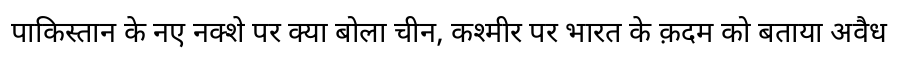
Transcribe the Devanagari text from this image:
पाकिस्तान के नए नक्शे पर क्या बोला चीन, कश्मीर पर भारत के क़दम को बताया अवैध